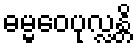
ဓမ္မဝေပုလ္လန္တိ